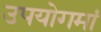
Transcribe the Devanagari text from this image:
उपयोगमां